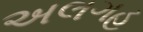
અલગહ